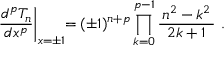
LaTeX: \left. { \frac { d ^ { p } T _ { n } } { d x ^ { p } } } \right| _ { x = \pm 1 } \! \! = ( \pm 1 ) ^ { n + p } \prod _ { k = 0 } ^ { p - 1 } { \frac { \, n ^ { 2 } - k ^ { 2 } \, } { 2 k + 1 } } ~ .